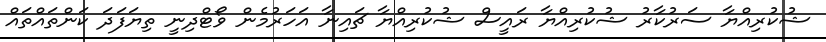
ޝުކުރިއްޔާ ސަރުކާރު ޝުކުރިއްޔާ ރައީސް ޝުކުރިއްޔާ ޗައިނާ އަހަރުމެން ވޯޓްދިނީ ތިޔަފަދަ ކަންތައްތައް